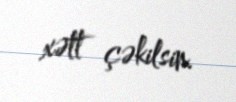
xətt çəkilsin.